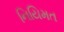
નિયિમત